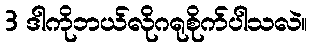
3 ဒါကိုဘယ်လိုဂရုစိုက်ပါသလဲ။